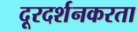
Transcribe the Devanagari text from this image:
दूरदर्शनकरता